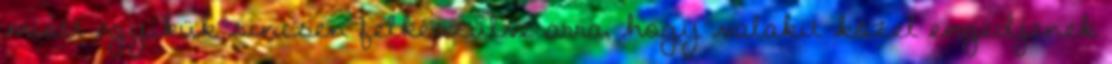
miatt egyikük sincsen felkészülve arra, hogy valakit közel engedjenek